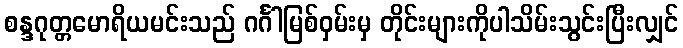
စန္ဒဂုတ္တမောရိယမင်းသည် ဂင်္ဂါမြစ်ဝှမ်းမှ တိုင်းများကိုပါသိမ်းသွင်းပြီးလျှင်